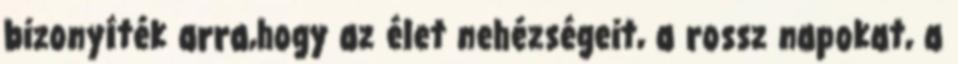
bizonyíték arra,hogy az élet nehézségeit, a rossz napokat, a